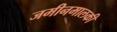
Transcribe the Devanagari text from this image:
जमीनमालकी